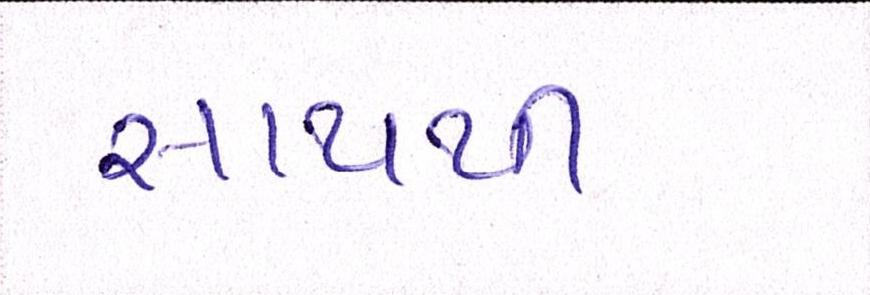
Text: સાથથી